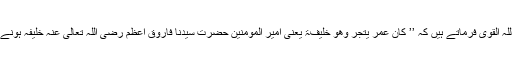
چنانچہ امام ابراہیم نخعی عَلَیْہِ رَحمَۃُ اللّٰہِ الْقَوِی فرماتے ہیں کہ ’’ کَانَ عُمَرُ یَتَّجِرُ وَھُوَ خَلِیْفَۃٌ یعنی امیر المؤمنین حضرت سیِّدُنا فاروقِ اعظم رَضِیَ اللّٰہُ تَعَالٰی عَنْہ خلیفہ ہونے کے باوجود تجارت کیا کرتے تھے۔